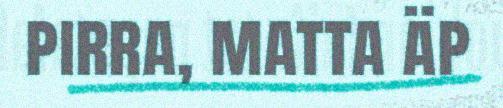
pirra, matta äp